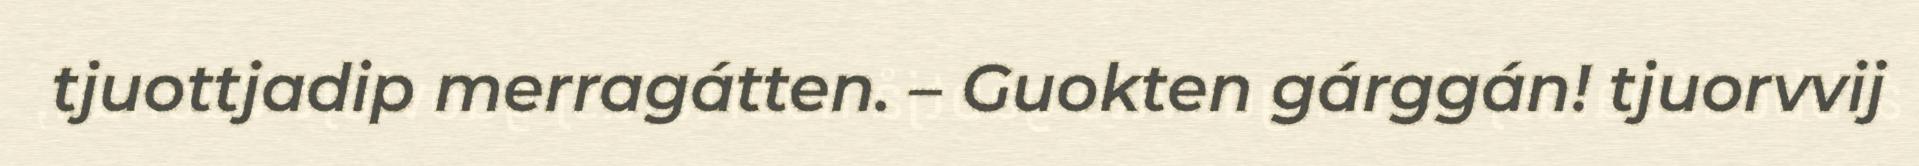
tjuottjadip merragátten. – Guokten gárggán! tjuorvvij